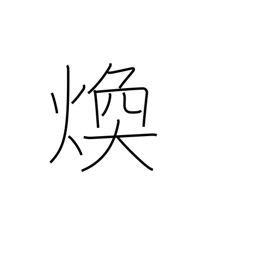
Meaning: shine